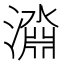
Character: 𱩞